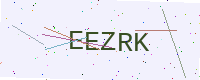
Text: EEZRK